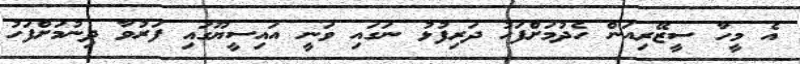
އެ މީހާ ސީޒޭރިއަން ހެދުމަށްފަހު ދަރިފުޅު ނަގައި ވަނީ އައިސީޔޫގައި ފަރުވާ ދިނުމަށްފަހު